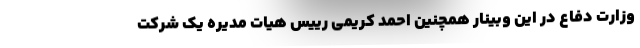
وزارت دفاع در این وبینار همچنین احمد کریمی رییس هیات مدیره یک شرکت